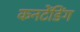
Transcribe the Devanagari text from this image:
कनटेंडिंग